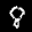
Label: 8